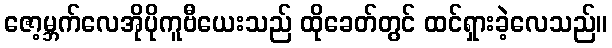
ဇော့မ္ဘက်လေအိုပိုကူဗီယေးသည် ထိုခေတ်တွင် ထင်ရှားခဲ့လေသည်။